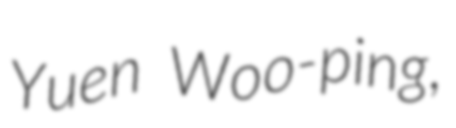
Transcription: Yuen Woo-ping,